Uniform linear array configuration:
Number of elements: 64
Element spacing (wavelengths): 1
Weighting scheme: kaiser
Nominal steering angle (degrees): -45
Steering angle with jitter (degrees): -44.694
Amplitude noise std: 0.05
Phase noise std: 0.05

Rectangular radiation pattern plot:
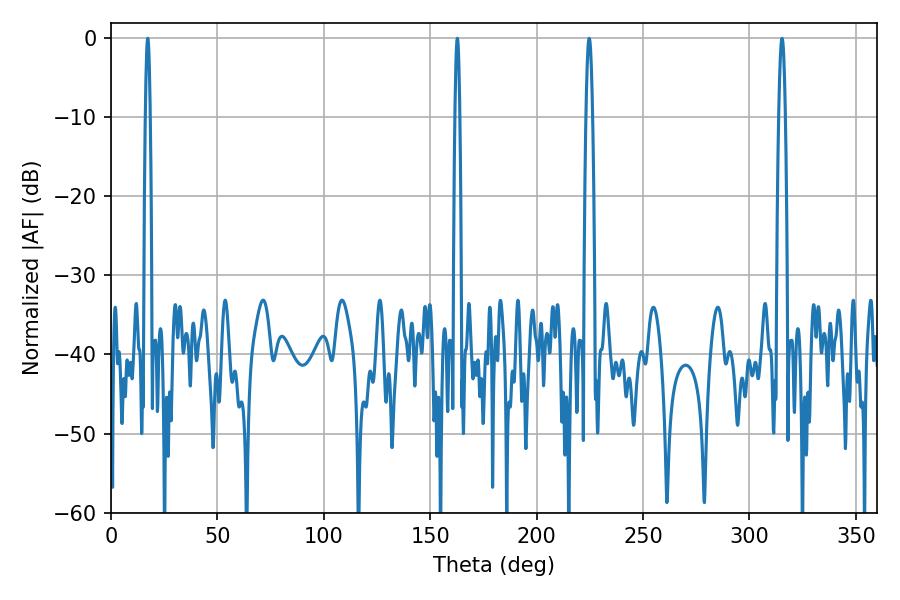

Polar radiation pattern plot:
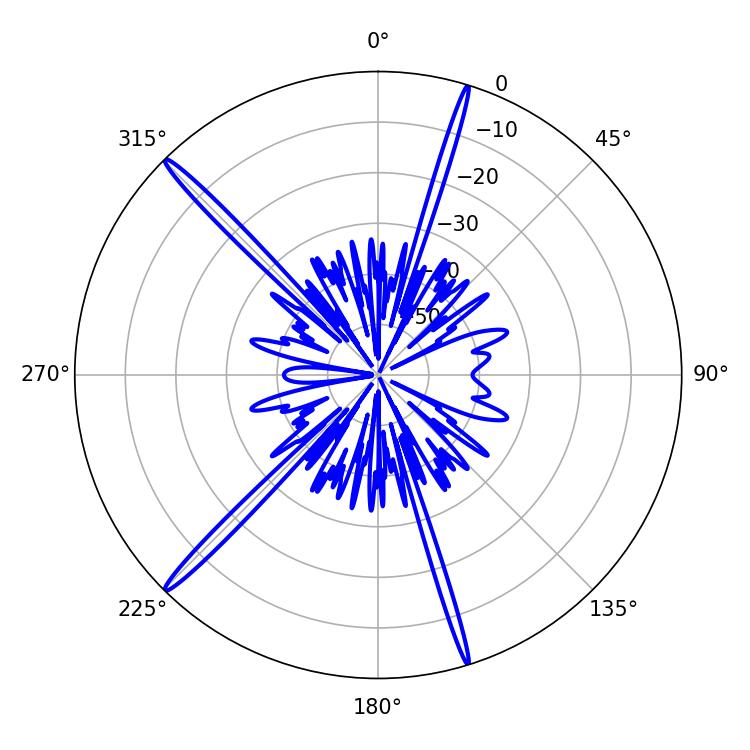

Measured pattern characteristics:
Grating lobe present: TRUE
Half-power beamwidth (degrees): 1.08
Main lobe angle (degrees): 17.28